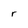
Character: S